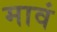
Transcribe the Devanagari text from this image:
मावं